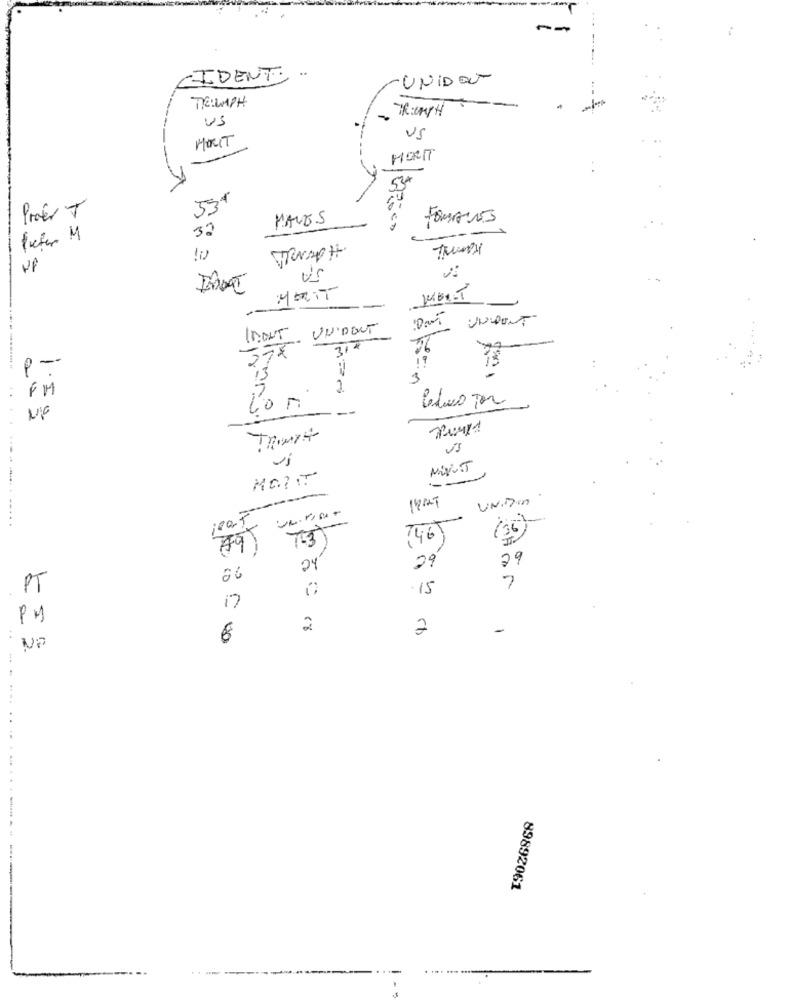
--
CIDENT
UNIDO
TRIUMPH
US
MORIT
US
HORIT
534
Proés T
MAVES
TOMATES
37
5
VA
MERIT
UNDUNT
IDONT UN'DENT
317
p-
13
3
2
..
FM
Calvo por
Con
--
UNDIn
146
(36)
29
29
24
7
PT
-15
17
PM
2
7
NO
-..
89892061
-----------